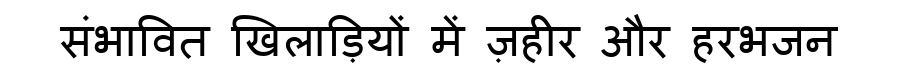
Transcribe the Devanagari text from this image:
संभावित खिलाड़ियों में ज़हीर और हरभजन